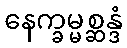
နေက္ခမ္မစ္ဆန္ဒံ